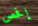
إفحص